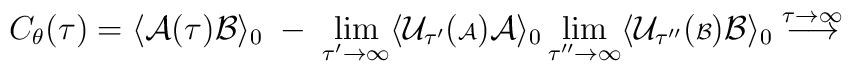
C_\theta(\tau) = \langle {\cal A}(\tau) {\cal B} \rangle_0 \; - \;\lim_{\tau^\prime \rightarrow \infty} \langle {\cal U}_{\tau^\prime}( {\scriptstyle {\cal A}}) {\cal A} \rangle_0\lim_{\tau^{\prime \prime} \rightarrow \infty} \langle{\cal U}_{\tau^{\prime \prime}} ( {\scriptstyle {\cal B}}) {\cal B} \rangle_0\stackrel{\tau \rightarrow \infty}{\longrightarrow}